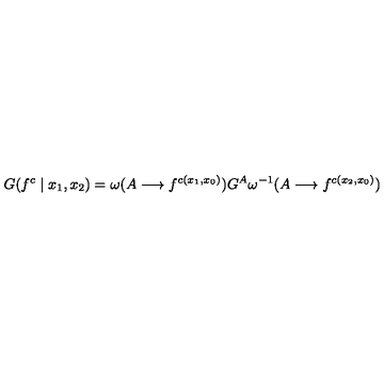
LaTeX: G ( f ^ { c } \mid x _ { 1 } , x _ { 2 } ) = \omega ( A \longrightarrow f ^ { c ( x _ { 1 } , x _ { 0 } ) } ) G ^ { A } \omega ^ { - 1 } ( A \longrightarrow f ^ { c ( x _ { 2 } , x _ { 0 } ) } )